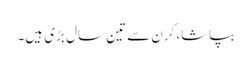
بپاشا، کرن سے تین سال بڑی ہیں۔